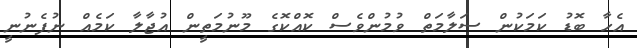
އެހާ ބޮޑު ކަމަކުން ސަލާމަތް ވުމުންވެސް ކޮއްކޮގެ މޫނުމަތީން އުޖާލާ ކަމެއް ނުފެނުނީ